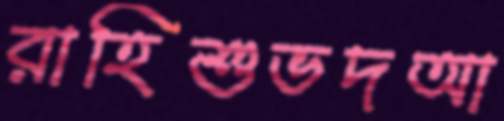
রাহিশুভদআ